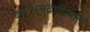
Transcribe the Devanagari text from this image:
चतुःसमुद्राधिपति